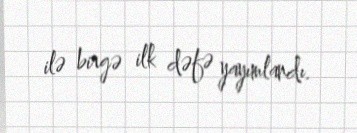
ilə birgə ilk dəfə yayımlandı.